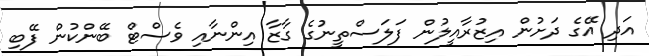
އަދި އޭގެ ދަށުން އިޒުރާއީލުން ފަލަސްތީނުގެ ގާޒާ އިންނާއި ވެސްޓް ބޭންކުން ފޭބި